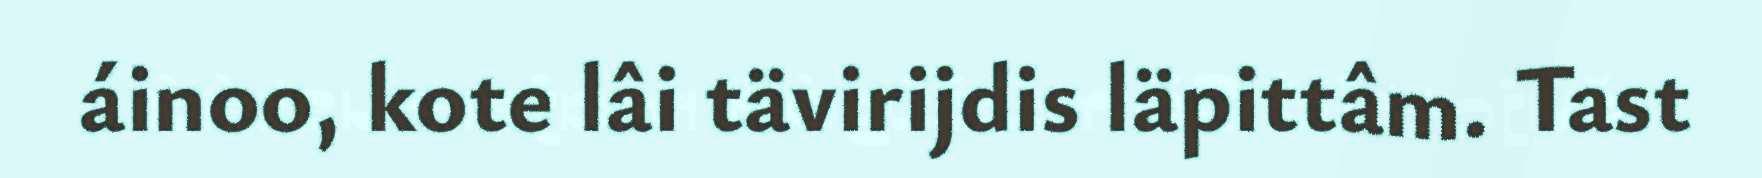
áinoo, kote lâi tävirijdis läpittâm. Tast